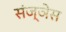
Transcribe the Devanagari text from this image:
संज्ञेस